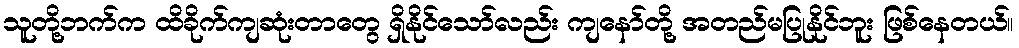
သူတို့ဘက်က ထိခိုက်ကျဆုံးတာတွေ ရှိနိုင်သော်လည်း ကျနော်တို့ အတည်မပြုနိုင်ဘူး ဖြစ်နေတယ်။